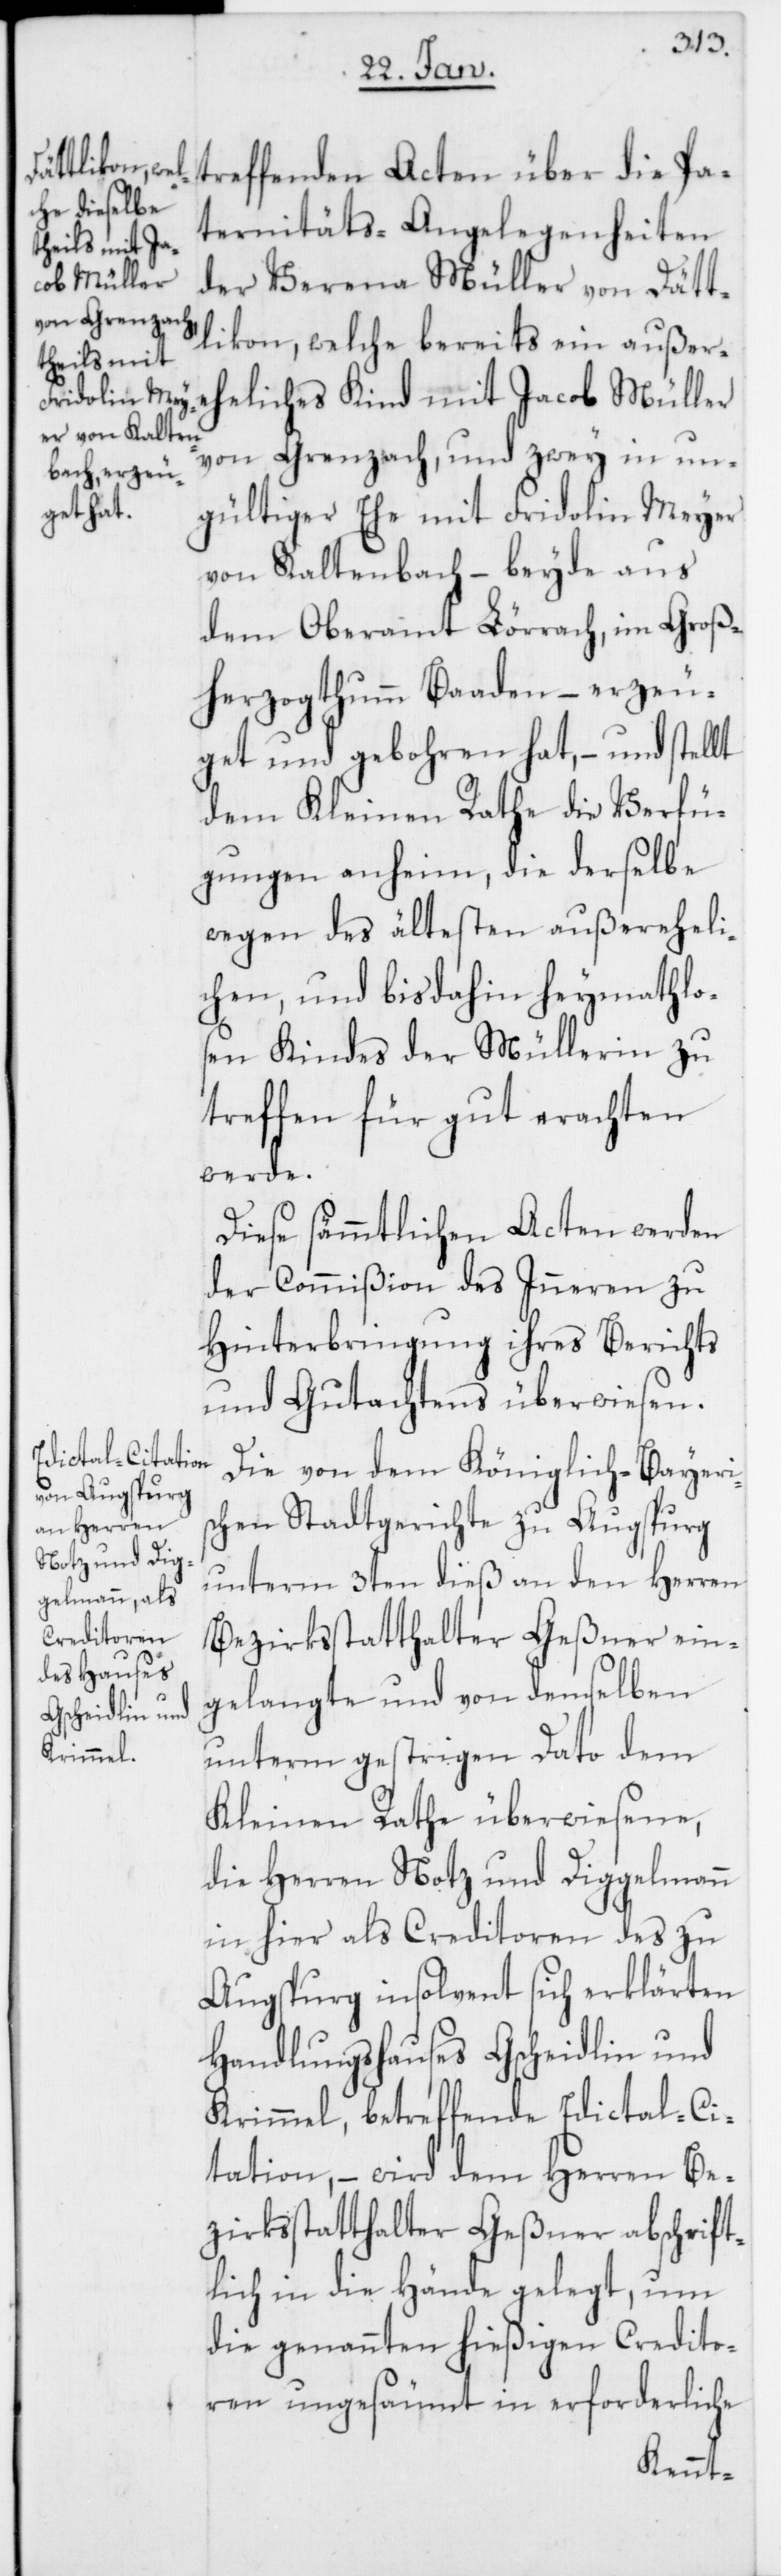
treffenden Acten über die Pa¬
ternitäts-Angelegenheiten
der Verena Müller von Dätt¬
likon, welche bereits ein außer¬
eheliches Kind mit Jacob Müller
von Grenzach, und zwey in un¬
gültiger Ehe mit Fridolin Meyer
von Kaltenbach, – beyde aus
dem Oberamt Lörrach, im Groß¬
herzogthum Baaden, – erzeu¬
get und gebohren hat, – und stellt
dem Kleinen Rathe die Verfü¬
gungen anheim, die derselbe
wegen des ältesten außereheli¬
chen, und bis dahin heymathlos¬
en Kindes der Müllerin zu
treffen für gut erachten
werde.
Diese sämmtlichen Acten werden
der Commißion des Inneren zu
Hinterbringung ihres Berichts
und Gutachtens überwiesen.
Die von dem Königlich-Bayeri¬
schen Stadtgerichte zu Augsburg
unterm 3ten dieß an den Herren
Bezirksstatthalter Geßner ein¬
gelangte und von demselben
unterm gestrigen Dato dem
Kleinen Rathe überwiesene,
die Herren Notz & Diggelmann
in hier als Creditoren des zu
Augsburg insolvent sich erklärten
Handlungshauses Gscheidlin &
Krimmel, betreffende Edictal-Ci¬
tation, – wird dem Herren Be¬
zirksstatthalter Geßner abschrift¬
lich in die Hände gelegt, um
die genannten hießigen Credito¬
ren ungesäumt in erforderliche